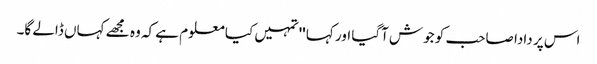
اس پر دادا صاحب کو جوش آگیا اور کہا ''تمہیں کیا معلوم ہے کہ وہ مجھے کہاں ڈالے گا۔